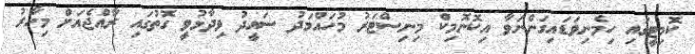
ކޮމިޓީގައި ހިމެނިވަޑައިގަންނަވާ އިކޮނޮމިކް މިނިސްޓަރު މުހައްމަދު ސައީދު ވިދާޅުވީ ގޮތުގައި ރާއްޖެއަށް މިހާރު